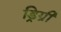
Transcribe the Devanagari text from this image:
ड्रिग्री